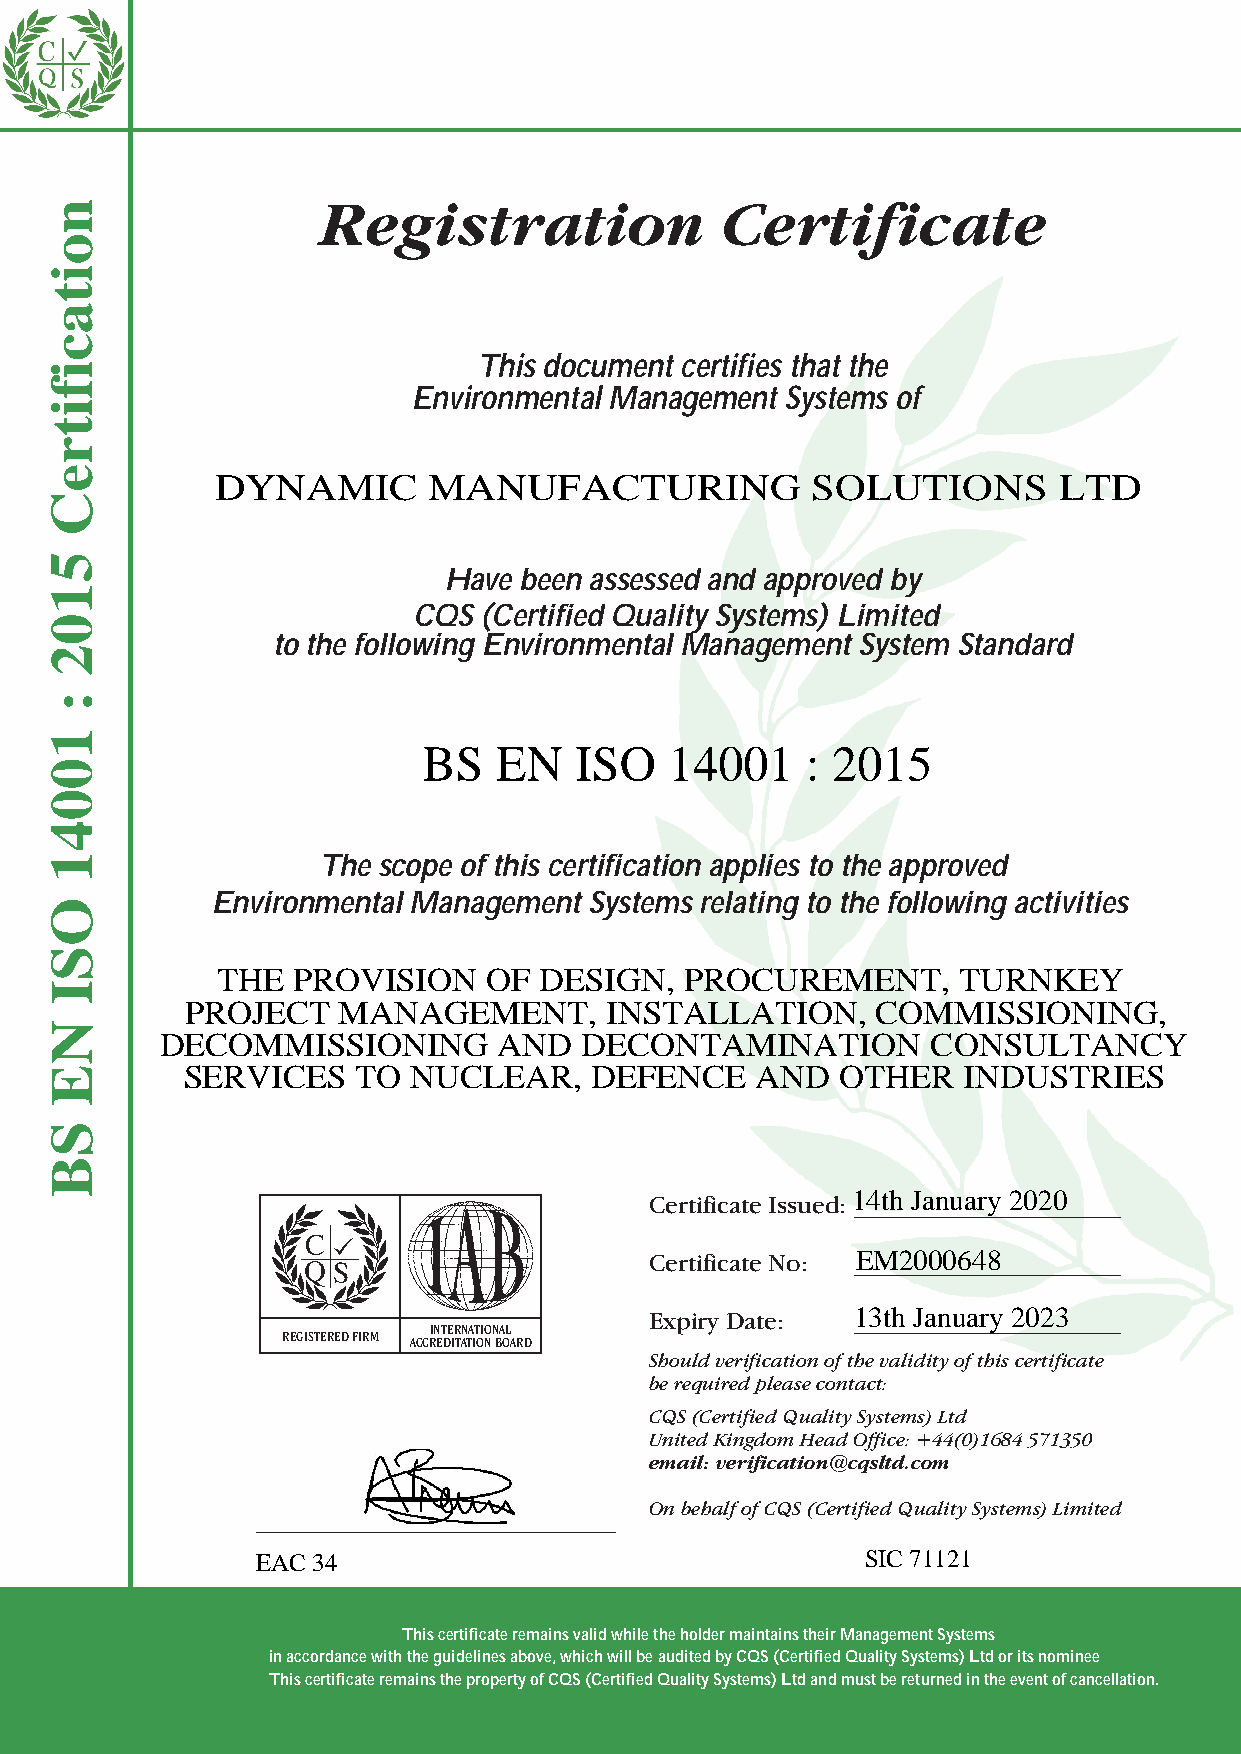
Registration               Certificate
 This document certifies that the
 Enviro nm ental M anagement Systems of
 DYNAMIC       MANUFACTURING             SOLUTIONS       LTD
 Have been assessed and approved by
 CQS  (Certified Quality Systems) Limited
 to the following Environmental Management System Standard
 BS   EN   ISO   14001    : 2015
 The scope of this certification applies to the approved
 Environmental Management Systems relating to the following activities
 THE  PROVISION    OF  DESIGN,  PROCUREMENT,      TURNKEY
 PROJECT   MANAGEMENT,       INSTALLATION,     COMMISSIONING,
 DECOMMISSIONING       AND  DECONTAMINATION         CONSULTANCY
 SERVICES    TO NUC  LEAR,  DEFENCE    AND   OTHER   INDUSTRIES
 Certificate Issued:14th January 2020
 Certificate No: EM2000648
 Expiry Date:  13th January 2023
 REGISTERED FIRM INTERNATIONAL
 ACCREDITATION BOARD
 Should verification of the validity of this certificate
 be required please contact:
 CQS (Certified Quality Systems) Ltd
 United Kingdom Head Office: +44(0)1684 571350
 email: verification@cqsltd.com
 On behalf of CQS (Certified Quality Systems) Limited
 EAC 34                                  SIC 71121
 This certificate remains valid while the holder maintains their Management Systems
 in accordance with the guidelines above, which will be audited by CQS (Certified Quality Systems) Ltd or its nominee
 This certificate remains the property of CQS (Certified Quality Systems) Ltd and must be returned in the event of cancellation.
 noitacifitreC
 5102
 :
 10041
 OSI
 NE
 SB